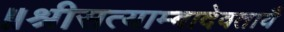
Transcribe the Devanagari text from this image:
॥श्रीसत्याम्बादेवतायै